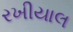
રખીયાલ